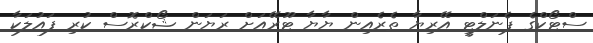
ސްޓޯކްގެ ޕެނަލްޓީ އޭރިޔާ ތެރެއިން ޔާޔާ ޓޫރޭއަށް ރަޔަން ޝޯކްރޮސް ކުރި ފައުލަކާ